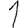
Digit: 1